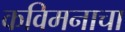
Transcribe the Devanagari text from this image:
कविमनाचा